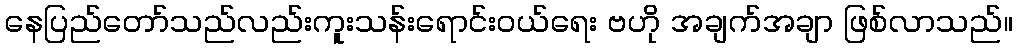
နေပြည်တော်သည်လည်းကူးသန်းရောင်းဝယ်ရေး ဗဟို အချက်အချာ ဖြစ်လာသည်။